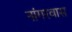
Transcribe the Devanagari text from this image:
नांगरवास